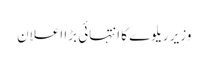
وزیر ریلوے کا انتہائی بڑا اعلان